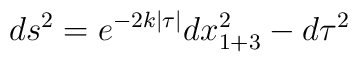
ds^{2}=e^{-2k|\tau|}dx^{2}_{1+3}-d\tau^{2}